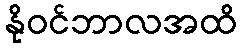
နိုဝင်ဘာလအထိ